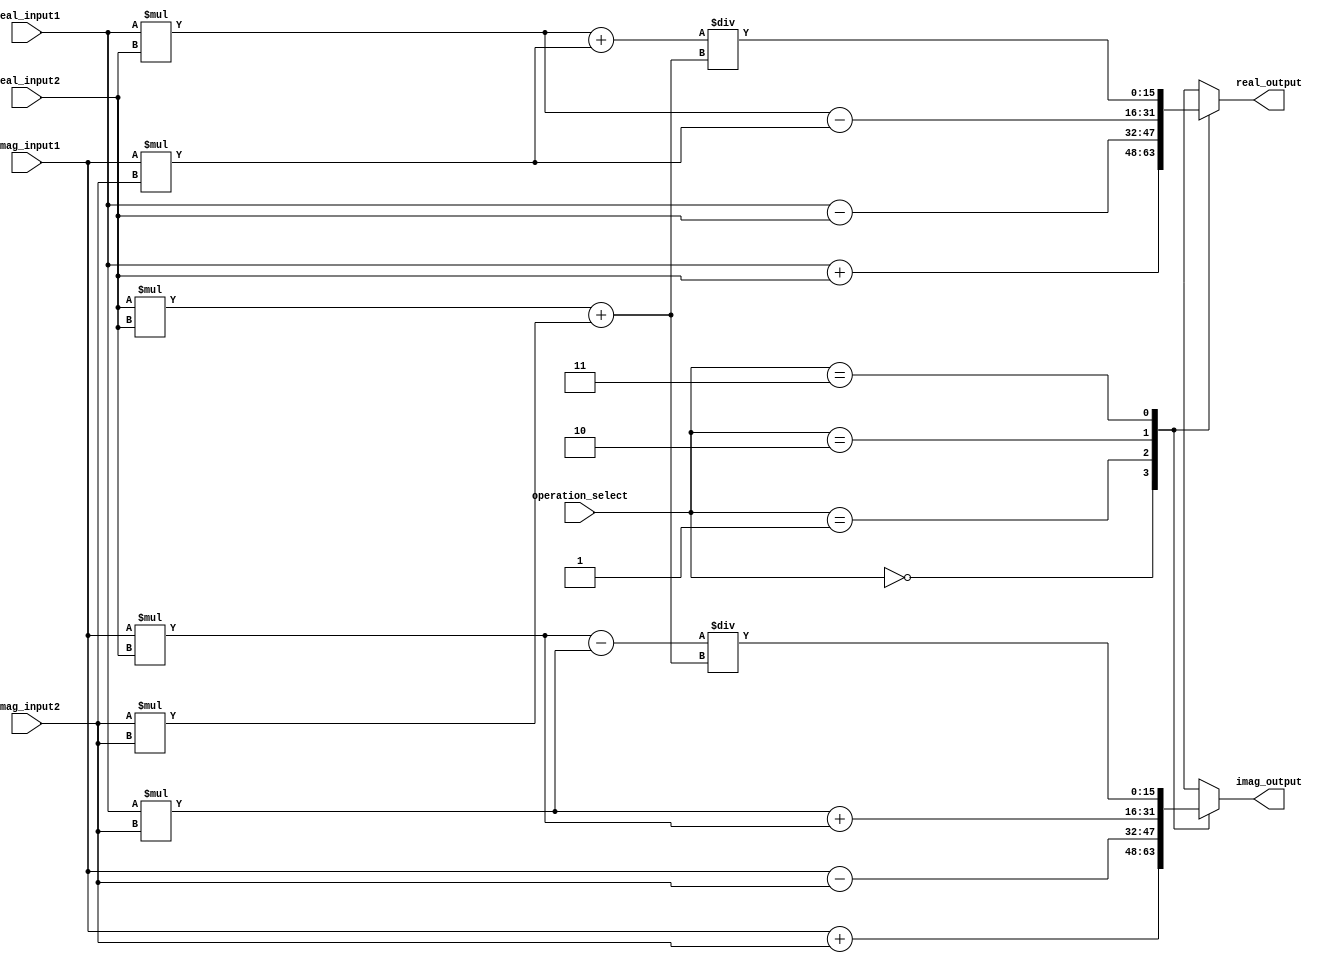
module Complex_ALU (
    input [15:0] real_input1,
    input [15:0] imag_input1,
    input [15:0] real_input2,
    input [15:0] imag_input2,
    input [1:0] operation_select,
    output [15:0] real_output,
    output [15:0] imag_output
);

always @(*) begin
    case(operation_select)
        2'b00: begin // Addition
            real_output = real_input1 + real_input2;
            imag_output = imag_input1 + imag_input2;
        end
        2'b01: begin // Subtraction
            real_output = real_input1 - real_input2;
            imag_output = imag_input1 - imag_input2;
        end
        2'b10: begin // Multiplication
            real_output = real_input1 * real_input2 - imag_input1 * imag_input2;
            imag_output = real_input1 * imag_input2 + imag_input1 * real_input2;
        end
        2'b11: begin // Division
            real_output = (real_input1 * real_input2 + imag_input1 * imag_input2) / (real_input2 * real_input2 + imag_input2 * imag_input2);
            imag_output = (imag_input1 * real_input2 - real_input1 * imag_input2) / (real_input2 * real_input2 + imag_input2 * imag_input2);
        end
    endcase
end

endmodule